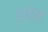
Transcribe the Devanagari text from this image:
इघेम